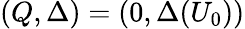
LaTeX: (Q,\Delta)=(0,\Delta(U_{0}))